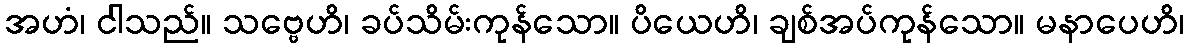
အဟံ၊ ငါသည်။ သဗ္ဗေဟိ၊ ခပ်သိမ်းကုန်သော။ ပိယေဟိ၊ ချစ်အပ်ကုန်သော။ မနာပေဟိ၊